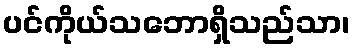
ပင်ကိုယ်သဘောရှိသည်သာ၊